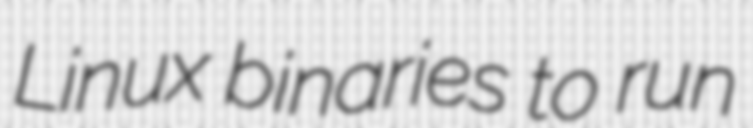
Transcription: Linux binaries to run